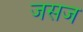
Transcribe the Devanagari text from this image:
जसज